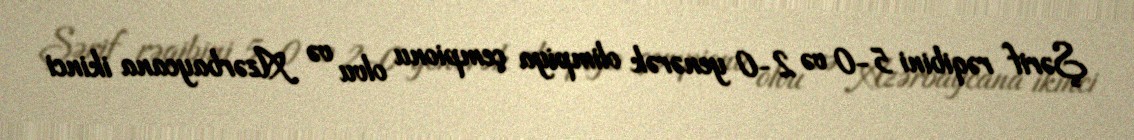
Şərif rəqibini 5-0 və 2-0 yenərək olimpiya çempionu olvu və Azərbaycana ikinci